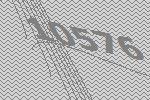
10576